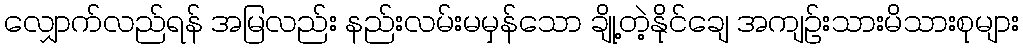
လျှောက်လည်ရန် အမြလည်း နည်းလမ်းမမှန်သော ချို့တဲ့နိုင်ချေ အကျဉ်းသားမိသားစုများ